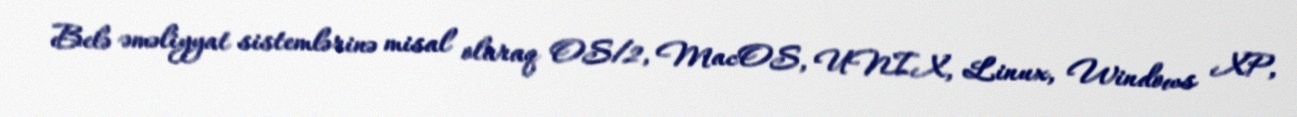
Belə əməliyyat sistemlərinə misal olaraq OS/2, MacOS, UNIX, Linux, Windows XP,